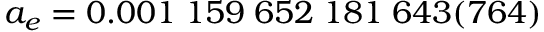
a _ { e } = 0 . 0 0 1 \; 1 5 9 \; 6 5 2 \; 1 8 1 \; 6 4 3 ( 7 6 4 )